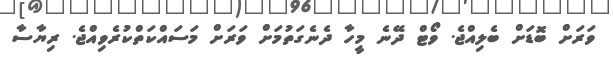
ވަރަށް ބޮޑަށް ބެލިއްޖެ. ވޯޓް ދޭނެ މީހާ ދެނެގަތުމަށް ވަރަށް މަސައްކަތްކުރެވިއްޖެ. ރިޔާސާ